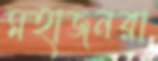
মহাজনরা